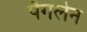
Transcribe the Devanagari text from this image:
पैगलेन